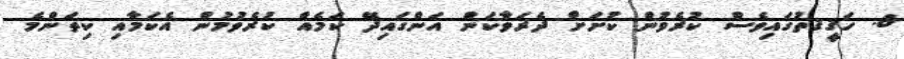
6. ހަޤީޤތުގައިވެސް ކުރެވުން ކުށަށް ދެރަވާކަން އަންގައިދޭ ކަމެއް ކުރެވުމުން އެކަމާއި ކިތަންމެ